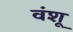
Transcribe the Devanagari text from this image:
वंशू